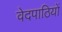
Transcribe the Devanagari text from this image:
वेदपाठियों